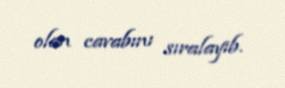
olan cavabını sıralayıb.